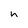
Character: h